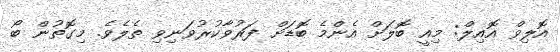
އޮލިވް އޮއިލް: މިއީ ބޮލަށް އެންމެ ބޮޑަށް ފަރުވާކުރުވަނިވި ތެލެވެ. މިގޮތުން ބޯ